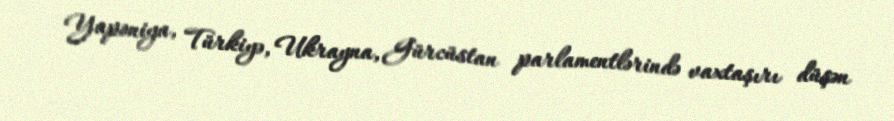
Yaponiya, Türkiyə, Ukrayna, Gürcüstan parlamentlərində vaxtaşırı düşən